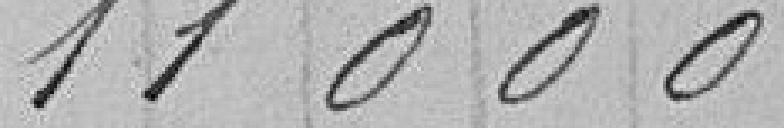
11 000